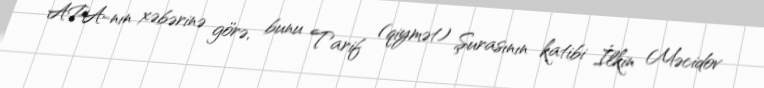
APA-nın xəbərinə görə, bunu Tarif (qiymət) Şurasının katibi İlkin Məcidov